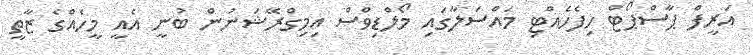
އަރީފް ޕާސްޕޯޓް ހިފެހެއްޓި މައްސަލާގައި މޯލްޑިވްސް އިމިގްރޭޝަނުން ބުނީ އެއީ މީހެއްގެ ޒާތީ